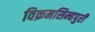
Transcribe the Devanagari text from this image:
विक्रमसिम्‍हपुरी